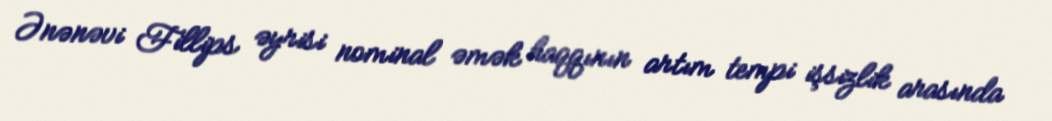
Ənənəvi Fillips əyrisi nominal əmək haqqının artım tempi işsizlik arasında